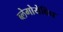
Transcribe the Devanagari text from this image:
ब्लेगोयेविच